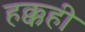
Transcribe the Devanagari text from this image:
हक्कही